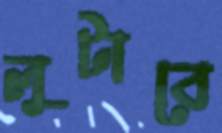
লুটাবে